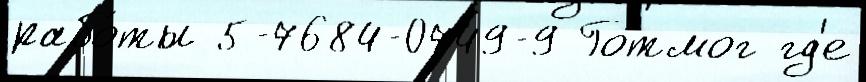
рабо́ты 5-7684-0749-9 Готмог гд'е